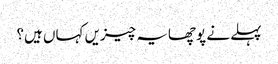
پہلے نے پوچھایہ چیزیں کہاں ہیں؟